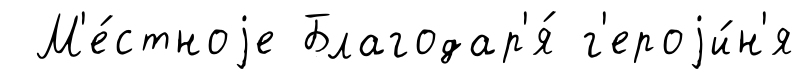
М'е́стноjе Благодар'я́ г'ероjи́н'я